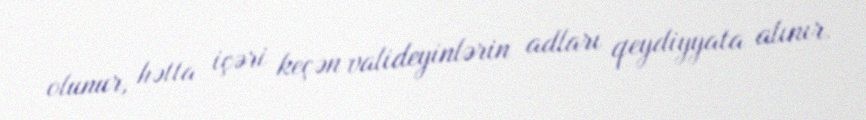
olunur, hətta içəri keçən valideyinlərin adları qeydiyyata alınır.